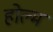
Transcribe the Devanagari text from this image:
होल्म